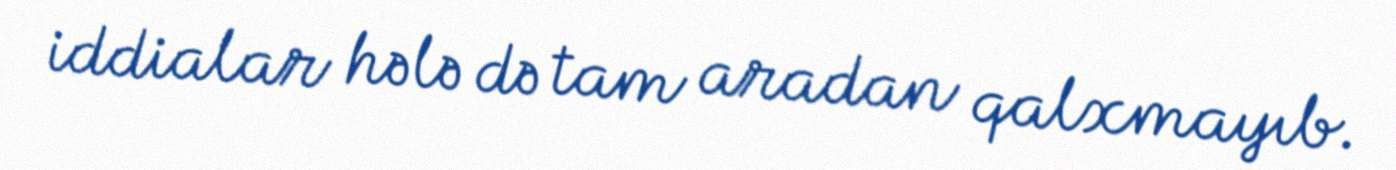
iddialar hələ də tam aradan qalxmayıb.